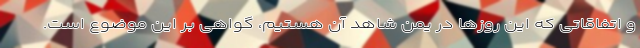
و اتفاقاتی که این روزها در یمن شاهد آن هستیم، گواهی بر این موضوع است.